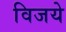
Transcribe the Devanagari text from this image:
विजये